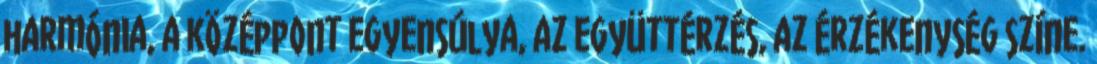
harmónia, a középpont egyensúlya, az együttérzés, az érzékenység színe.